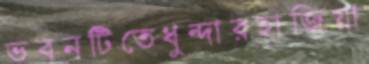
ভবনটিতেধুন্দারহাজিয়া